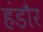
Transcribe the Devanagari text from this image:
हंडौर